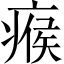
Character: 瘊